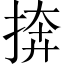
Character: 捹